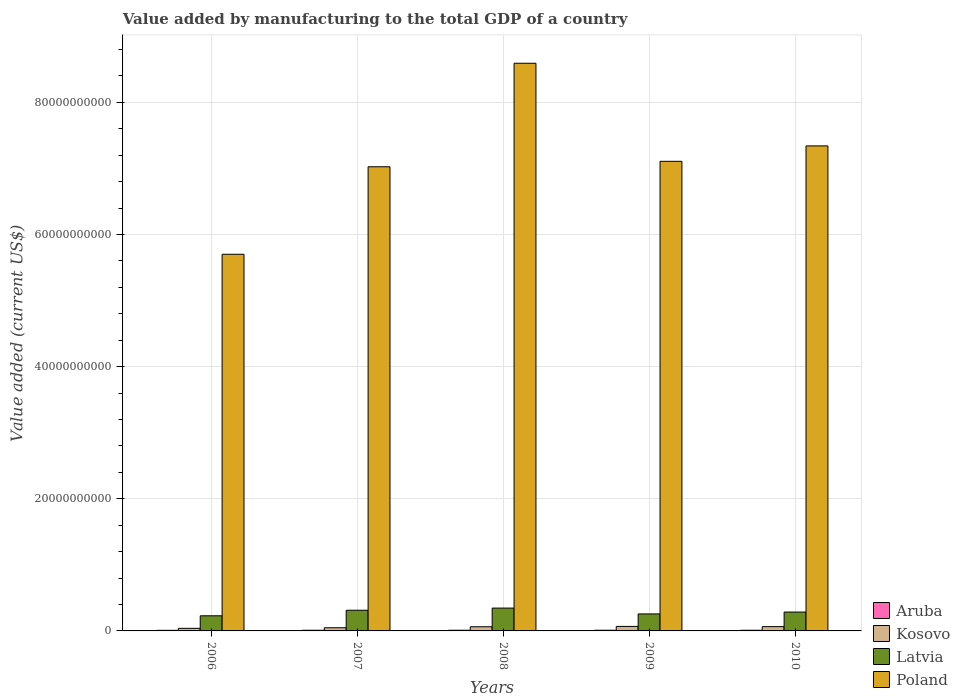
| Years | Aruba | Kosovo | Latvia | Poland |
 | --- | --- | --- | --- | --- |
 | 2006 | 9.12e+07 | 3.9e+08 | 2.29e+09 | 5.7e+10 |
 | 2007 | 1.01e+08 | 4.82e+08 | 3.13e+09 | 7.03e+10 |
 | 2008 | 1.02e+08 | 6.29e+08 | 3.46e+09 | 8.59e+10 |
 | 2009 | 1.02e+08 | 6.82e+08 | 2.57e+09 | 7.11e+10 |
 | 2010 | 1.01e+08 | 6.48e+08 | 2.86e+09 | 7.34e+10 |